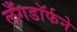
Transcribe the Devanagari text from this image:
लँगडॉर्फने